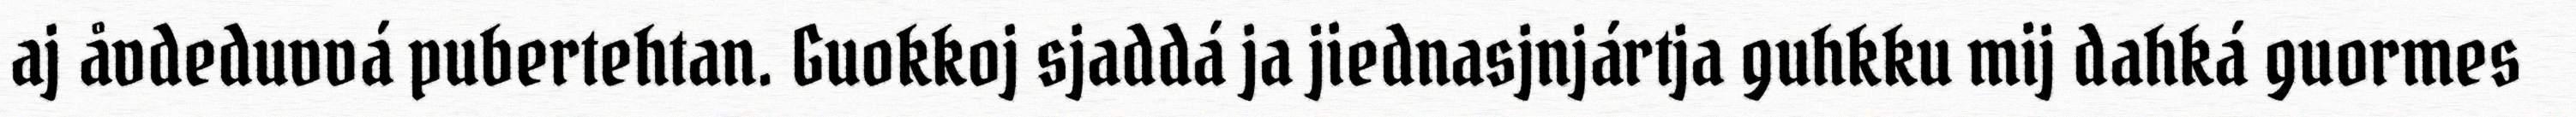
aj åvdeduvvá pubertehtan. Guokkoj sjaddá ja jiednasjnjártja guhkku mij dahká guormes